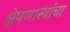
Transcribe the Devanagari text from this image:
क्षेपणास्त्रांचा